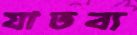
যাতব্য